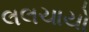
લલચાયો